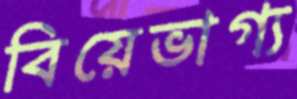
বিয়েভাগ্য